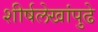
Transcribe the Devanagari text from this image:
शीर्षलेखांपुढे